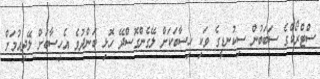
ސްޓްރޯކްގެ ސަބަބުން ސިކުނޑީގެ ވަކި ހިސާބަކަށް ލޭގެންގޮސްދޭ ހޮޅި ބަންދުވެ އެހިސާބަށް ލޭދިއުމަށް